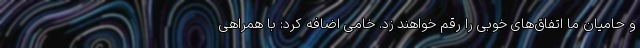
و حامیان ما اتفاق‌های خوبی را رقم خواهند زد. خامی اضافه کرد: با همراهی